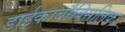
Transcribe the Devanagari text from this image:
डाईकार्बौक्सिलिक